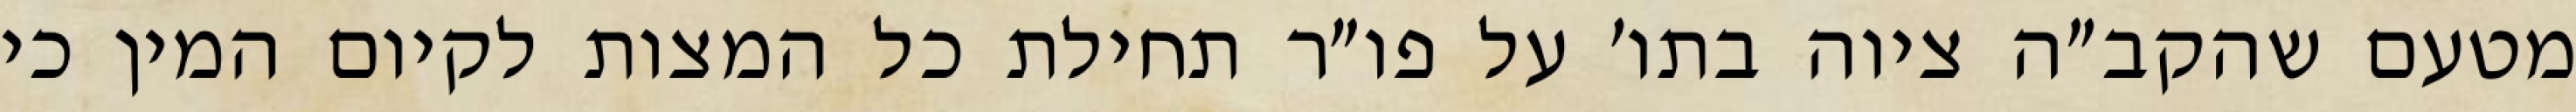
מטעם שהקב״ה ציוה בתו׳ על פו״ר תחילת כל המצות לקיום המין כי